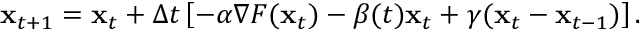
{ \bf x } _ { t + 1 } = { { \bf x } _ { t } } + \Delta t \left[ - \alpha \nabla F ( { \bf x } _ { t } ) - \beta ( t ) { \bf x } _ { t } + \gamma ( { \bf x } _ { t } - { \bf x } _ { t - 1 } ) \right] .